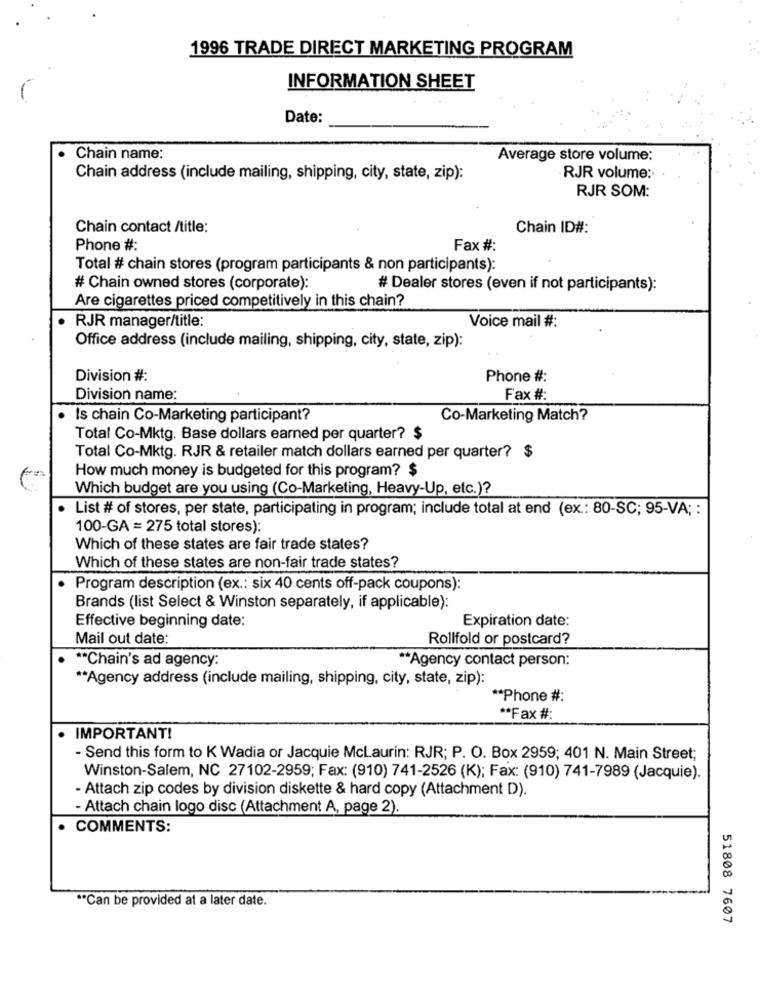
1996 TRADE DIRECT MARKETING PROGRAM
INFORMATION SHEET
Date:
Chain name:
Average store volume:
Chain address (include mailing, shipping, city, state, zip):
. RJR volume:
RJR SOM:
Chain contact /title:
Chain ID#:
Phone #:
Fax #:
Total # chain stores (program participants & non participants):
# Chain owned stores (corporate):
# Dealer stores (even if not participants):
Are cigarettes priced competitively in this chain?
RJR manager/title:
Voice mail #:
Office address (include mailing, shipping, city, state, zip):
Division #:
Phone #:
Division name:
Fax #:
Is chain Co-Marketing participant?
Co-Marketing Match?
Total Co-Mktg. Base dollars earned per quarter? $
Total Co-Mktg. RJR & retailer match dollars earned per quarter? $
How much money is budgeted for this program? $
Which budget are you using (Co-Marketing, Heavy-Up, etc.)?
List # of stores, per state, participating in program; include total at end (ex .: 80-SC; 95-VA; :
100-GA = 275 total stores):
Which of these states are fair trade states?
Which of these states are non-fair trade states?
Program description (ex .: six 40 cents off-pack coupons):
Brands (list Select & Winston separately, if applicable):
Effective beginning date:
Expiration date:
Mail out date:
Rollfold or postcard?
** Chain's ad agency:
** Agency contact person:
** Agency address (include mailing, shipping, city, state, zip):
** Phone #:
** Fax #:
IMPORTANT!
- Send this form to K Wadia or Jacquie McLaurin: RJR; P. O. Box 2959; 401 N. Main Street;
Winston-Salem, NC 27102-2959; Fax: (910) 741-2526 (K); Fax: (910) 741-7989 (Jacquie).
- Attach zip codes by division diskette & hard copy (Attachment D).
- Attach chain logo disc (Attachment A, page 2).
. COMMENTS:
** Can be provided at a later date.
51808 7607